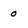
Character: 0